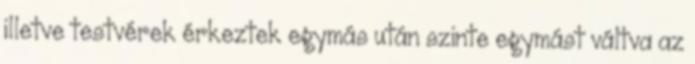
illetve testvérek érkeztek egymás után szinte egymást váltva az